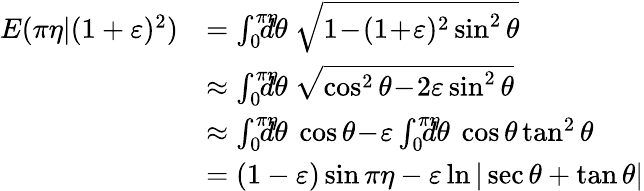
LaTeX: \begin{array}{rl}{E(\pi\eta|(1+\varepsilon)^{2})}&{=\int_{0}^{\pi\eta}\! \! \! \! \! d\theta\ \sqrt{1\! -\! (1\! +\! \varepsilon)^{2}\sin^{2}\theta}}\\ &{\approx\int_{0}^{\pi\eta}\! \! \! \! \! d\theta\ \sqrt{\cos^{2}\theta\! -\! 2\varepsilon\sin^{2}\theta}}\\ &{\approx\int_{0}^{\pi\eta}\! \! \! \! \! d\theta\ \cos\theta\! -\! \varepsilon\int_{0}^{\pi\eta}\! \! \! \! \! d\theta\ \cos\theta\tan^{2}\theta}\\ &{=(1-\varepsilon)\sin\pi\eta-\varepsilon\ln|\sec\theta+\tan\theta|}\end{array}